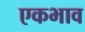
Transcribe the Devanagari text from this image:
एकभाव